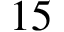
1 5